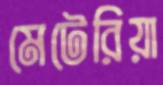
মেটেরিয়া